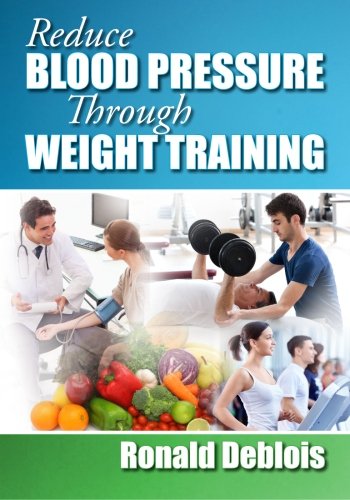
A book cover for Reduce Blood Pressure Through Weight Training; Ronald Deblois; Health, Fitness & Dieting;